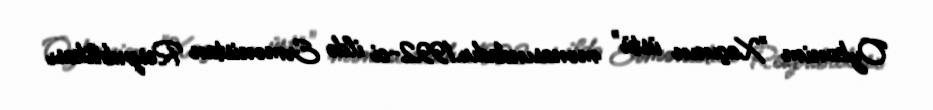
Oykonim "Xaçının üstü" mənasındadır.1992-ci ildə Ermənistan Respublikası